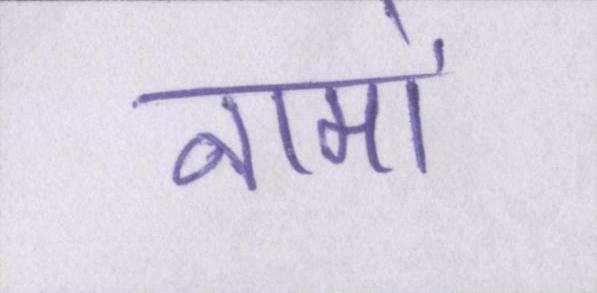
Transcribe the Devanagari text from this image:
नामों